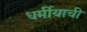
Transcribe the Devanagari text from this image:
धर्मीयाची